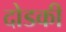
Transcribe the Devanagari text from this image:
दोडकी